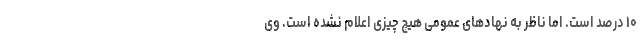
۱۰ درصد است. اما ناظر به نهادهای عمومی هیچ چیزی اعلام نشده است. وی